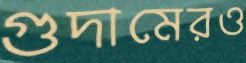
গুদামেরও